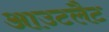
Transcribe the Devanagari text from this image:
आउटलैट